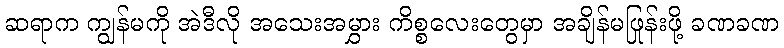
ဆရာက ကျွန်မကို အဲဒီလို အသေးအမွှား ကိစ္စလေးတွေမှာ အချိန်မဖြုန်းဖို့ ခဏခဏ